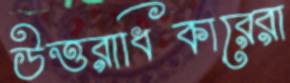
উত্তরাধিকারেরা